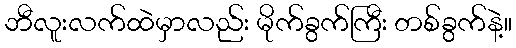
ဘီလူးလက်ထဲမှာလည်း မိုက်ခွက်ကြီး တစ်ခွက်နဲ့။